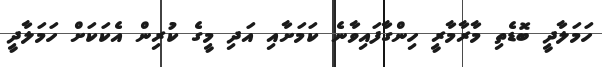
ހަމަލާދީ ބޮޑެތި މާރާމާރީ ހިންގާފައިވާނެ ކަމަށާއި އަދި މީގެ ކުރިން އެކަކަށް ހަމަލާދީ